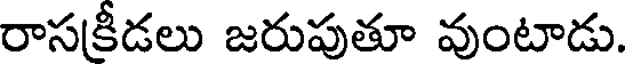
రాసక్రీడలు జరుపుతూ వుంటాడు.